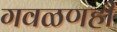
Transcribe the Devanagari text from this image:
गवळणही